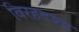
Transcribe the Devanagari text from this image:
विरहदशा